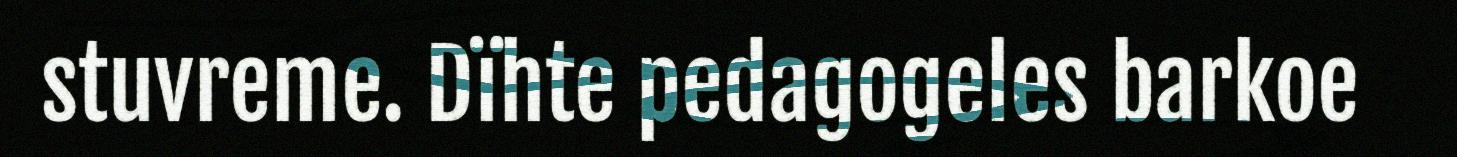
stuvreme. Dïhte pedagogeles barkoe